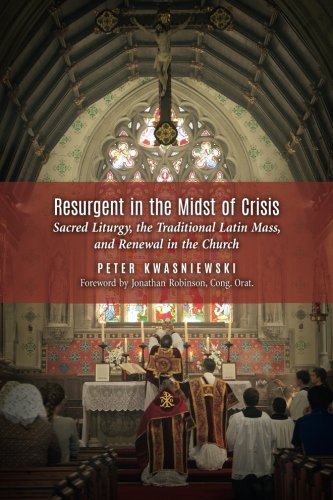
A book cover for Resurgent in the Midst of Crisis: Sacred Liturgy, the Traditional Latin Mass, and Renewal in the Church; Peter Kwasniewski; Christian Books & Bibles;